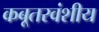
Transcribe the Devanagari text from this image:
कबूतरवंशीय